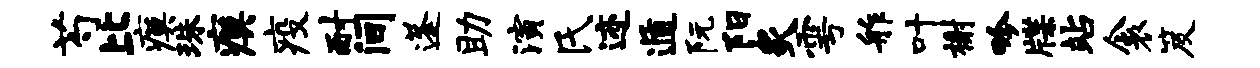
芍比瘼珠瘼疫耐间蓬助演氏迹遁阮阳炙雩舴叶榭吟牒站衾笈